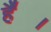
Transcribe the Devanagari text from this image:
है॑।